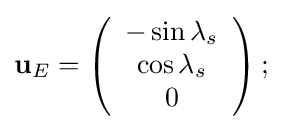
\mathbf {u} _{E}=\left({\begin{array}{c}-\sin \lambda _{s}\\\cos \lambda _{s}\\0\end{array}}\right);